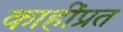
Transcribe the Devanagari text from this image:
काहींप्रत